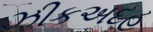
ઝીકઅદહ